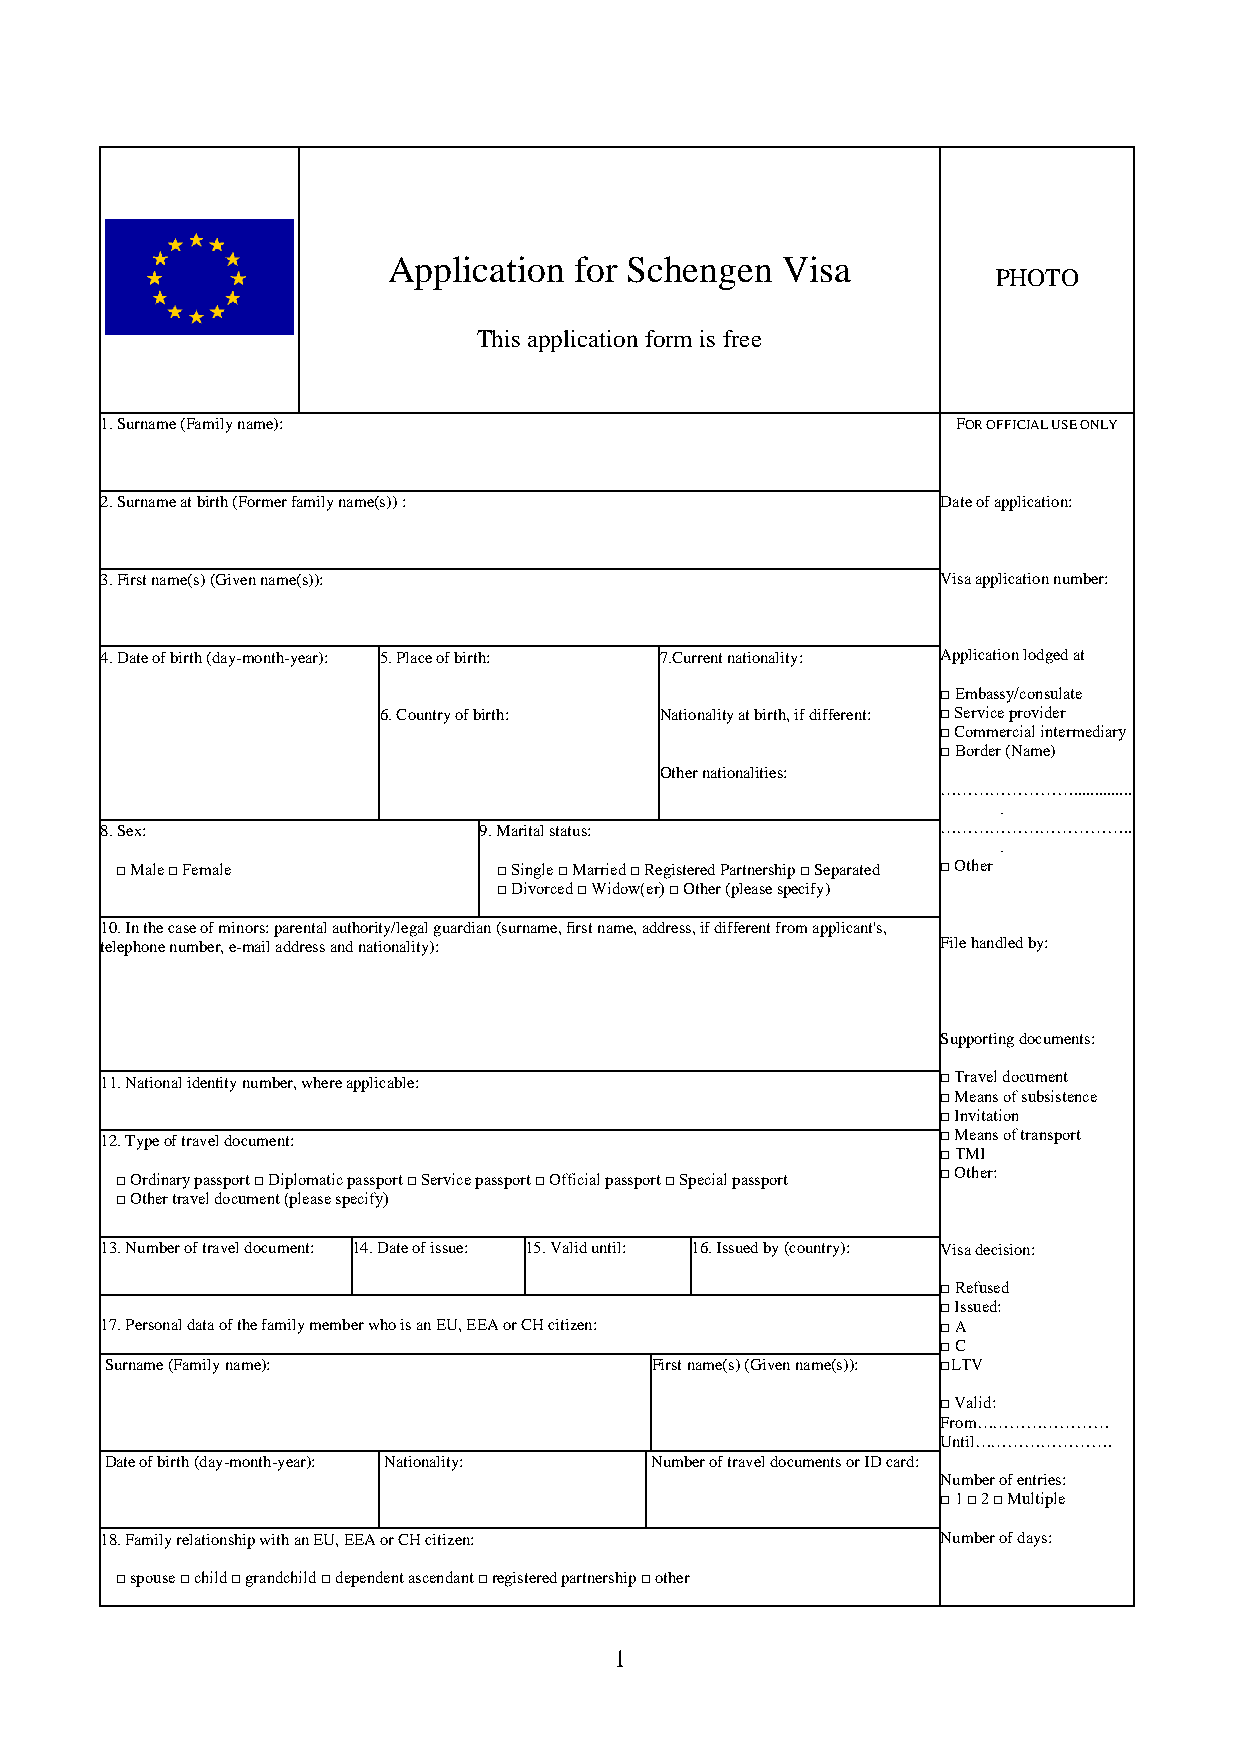
Application for Schengen  Visa
 PHOTO
 This application form is free
 1. Surname (Fa mily name):                              FOR OFFICIA L USE ONLY
 2. Surname at birth (Former family name(s)) :          Date of application:
 3. First name(s) (Given name(s)):                      Visa application number:
 4. Date of birth (day-month-year): 5. Place of birth: 7.Current nationality: Application lodged at
 □ Embassy/consulate
 6. Country of birth: Nationality at birth, if different: □ Service provider
 □ Commercial intermediary
 □ Border (Name)
 Other nationalities:
 ……………………..............
 .
 8. Sex:                  9. Marital status:            ……………………………..
 .
 □ Male □ Female          □ Single □ Married □ Registered Partnership □ Separated □ Other
 □ Divorced □ Widow(er) □ Other (please specify)
 10. In the case of minors: parental authority/legal guardian (surname, first name, address, if different from applicant's,
 telephone number, e-mail address and nationality):     File handled by:
 Supporting documents:
 11. National identity number, where applicable:        □ Travel document
 □ Means of subsistence
 □ Invitation
 12. Type of travel document:                           □ Means of transport
 □ TMI
 □ Ordinary passport □ Diplomatic passport □ Service passport □ Official passport □ Special passport □ Other:
 □ Other travel document (please specify)
 13. Number of travel document: 14. Date of issue: 15. Valid until: 16. Issued by (country): Visa decision:
 □ Refused
 □ Issued:
 17. Personal data of the family member who is an EU, EEA or CH citizen: □ A
 □ C
 Surname (Family name):              First name(s) (Given name(s)): □LTV
 □ Valid:
 From……………………
 Until…………………….
 Date of birth (day-month-year): Nationality: Number of travel documents or ID card:
 Number of entries:
 □ 1 □ 2 □ Multiple
 18. Family relationship with an EU, EEA or CH citizen: Number of days:
 □ spouse □ child □ grandchild □ dependent ascendant □ registered partnership □ other
 1